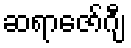
ဆရာဇော်ဂျီ